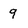
Character: q